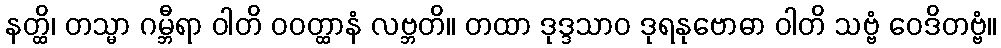
နတ္ထိ၊ တသ္မာ ဂမ္ဘီရာ ဝါတိ ဝဝတ္ထာနံ လဗ္ဘတိ။ တထာ ဒုဒ္ဒသာဝ ဒုရနုဗောဓာ ဝါတိ သဗ္ဗံ ဝေဒိတဗ္ဗံ။